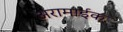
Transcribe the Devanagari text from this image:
अरामाईक